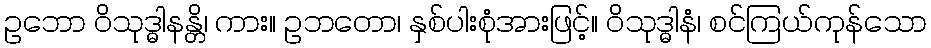
ဥဘော ဝိသုဒ္ဓါနန္တိ၊ ကား။ ဥဘတော၊ နှစ်ပါးစုံအားဖြင့်။ ဝိသုဒ္ဓါနံ၊ စင်ကြယ်ကုန်သော